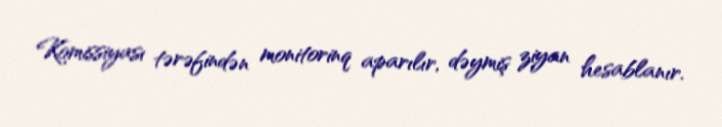
Komissiyası tərəfindən monitorinq aparılır, dəymiş ziyan hesablanır.